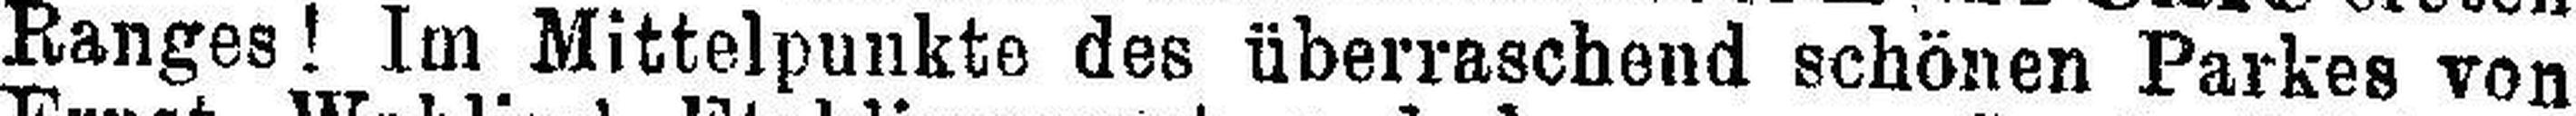
Ranges! Im Mittelpunkte des überraschend schönen Parkes von